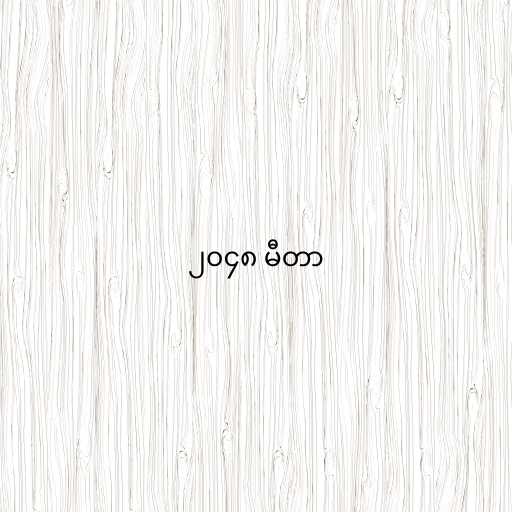
၂၀၄၈ မီတာ